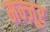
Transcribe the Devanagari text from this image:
मन्ज़ूर